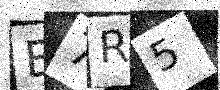
Text: B7R5